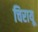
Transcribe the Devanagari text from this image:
चिरायू